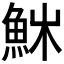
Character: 𩶚